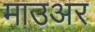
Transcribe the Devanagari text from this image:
माउअर